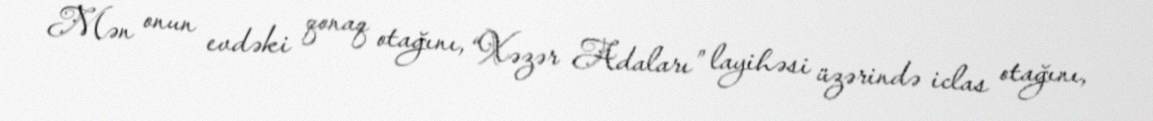
Mən onun evdəki qonaq otağını, “Xəzər Adaları” layihəsi üzərində iclas otağını,